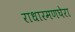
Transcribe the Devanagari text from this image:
राधारमणघेरा